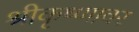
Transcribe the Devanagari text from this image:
श्रीकृष्णावर